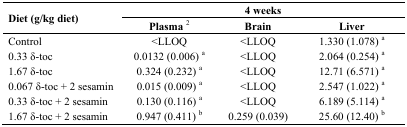
<table><thead><tr><td rowspan="2"><b>Diet (g/kg diet)</b></td><td colspan="3"><b>4 weeks</b></td></tr><tr><td><b>Plasma <sup>2</sup></b></td><td><b>Brain</b></td><td><b>Liver</b></td></tr></thead><tbody><tr><td>Control</td><td>&lt;LLOQ</td><td>&lt;LLOQ</td><td>1.330 (1.078) <sup>a</sup></td></tr><tr><td>0.33 δ-toc</td><td>0.0132 (0.006) <sup>a</sup></td><td>&lt;LLOQ</td><td>2.064 (0.254) <sup>a</sup></td></tr><tr><td>1.67 δ-toc</td><td>0.324 (0.232) <sup>a</sup></td><td>&lt;LLOQ</td><td>12.71 (6.571) <sup>a</sup></td></tr><tr><td>0.067 δ-toc + 2 sesamin</td><td>0.015 (0.009) <sup>a</sup></td><td>&lt;LLOQ</td><td>2.547 (1.022) <sup>a</sup></td></tr><tr><td>0.33 δ-toc + 2 sesamin</td><td>0.130 (0.116) <sup>a</sup></td><td>&lt;LLOQ</td><td>6.189 (5.114) <sup>a</sup></td></tr><tr><td>1.67 δ-toc + 2 sesamin</td><td>0.947 (0.411) <sup>b</sup></td><td>0.259 (0.039)</td><td>25.60 (12.40) <sup>b</sup></td></tr></tbody></table>